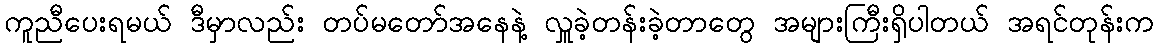
ကူညီပေးရမယ် ဒီမှာလည်း တပ်မတော်အနေနဲ့ လှူခဲ့တန်းခဲ့တာတွေ အများကြီးရှိပါတယ် အရင်တုန်းက